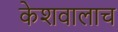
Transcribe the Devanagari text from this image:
केशवालाच